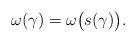
LaTeX: \begin{align*} \omega(\gamma) = \omega\bigl(s(\gamma)\bigr).\end{align*}